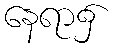
နေရာ၌